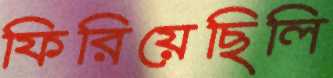
ফিরিয়েছিলি